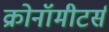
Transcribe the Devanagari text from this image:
क्रोनॉमीटर्स